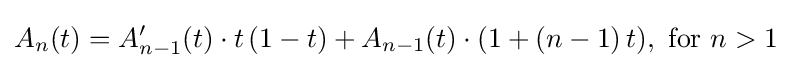
A_{n}(t)=A_{n-1}'(t)\cdot t\,(1-t)+A_{n-1}(t)\cdot (1+(n-1)\,t),{\text{ for }}n>1